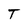
Character: T